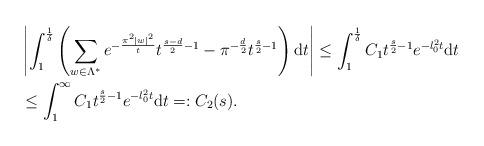
LaTeX: \begin{align*} &\left|\int_1^{\frac{1}{\delta}}\left( \sum_{w\in\Lambda^*} e^{-\frac{\pi^2|w|^2}{t}}t^{\frac{s-d}{2}-1}-\pi^{-\frac{d}{2}}t^{\frac{s}{2}-1}\right)\mathrm{d}t\right|\leq \int_1^{\frac{1}{\delta}}C_1t^{\frac{s}{2}-1}e^{-l_0^2 t}\mathrm{d}t\\ &\leq \int_1^{\infty}C_1t^{\frac{s}{2}-1}e^{-l_0^2 t}\mathrm{d}t=:C_2(s).\end{align*}